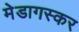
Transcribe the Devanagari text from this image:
मेडागस्कर